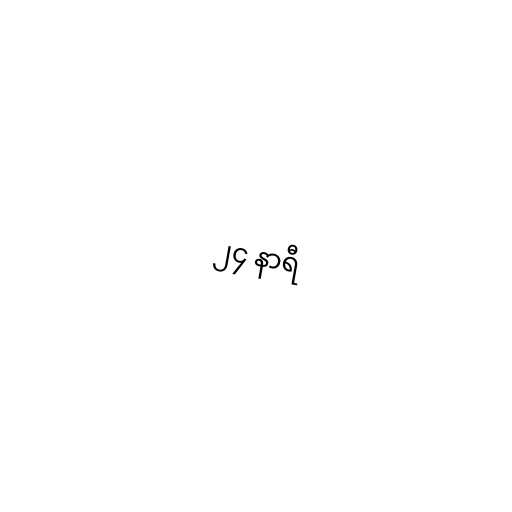
၂၄ နာရီ